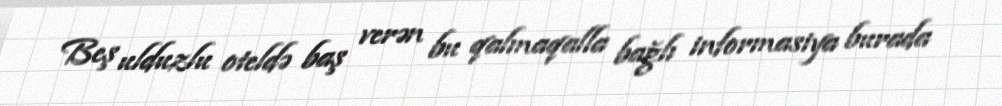
Beş ulduzlu oteldə baş verən bu qalmaqalla bağlı informasiya burada